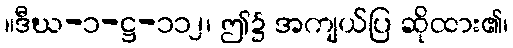
။ဒီဃ-၁-ဋ္ဌ-၁၁၂၊ ဤ၌ အကျယ်ပြ ဆိုထား၏၊